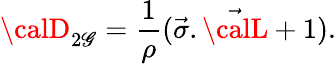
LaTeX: {\calD}_{2\mathscr{G}}=\frac{{1}}{{\rho}}(\vec{{\sigma}}.\vec{{\calL}}+1).